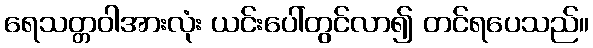
ရေသတ္တဝါအားလုံး ယင်းပေါ်တွင်လာ၍ တင်ရပေသည်။